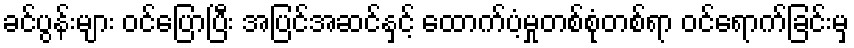
ခင်ပွန်းများ ဝင်ပြောပြီး အပြင်အဆင်နှင့် ထောက်ပံ့မှုတစ်စုံတစ်ရာ ဝင်ရောက်ခြင်းမှ